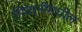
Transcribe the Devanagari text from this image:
गिवर्नीमधील